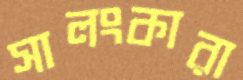
সালংকারা